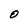
Character: O